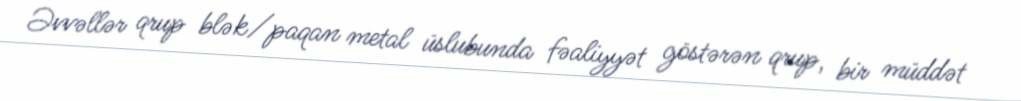
Əvvəllər qrup blək/paqan metal üslubunda fəaliyyət göstərən qrup, bir müddət